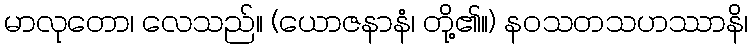
မာလုတော၊ လေသည်။ (ယောဇနာနံ၊ တို့၏။) နဝသတသဟဿာနိ၊